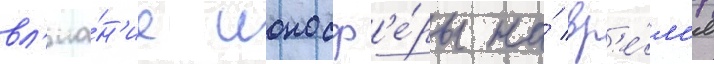
вл'иа́н'ие ионосф'е́ры на́ вр'е́м'я